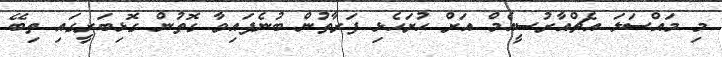
މި މައްސަލަ އެޗްއާރުސީއެމް އަށް ހުށަހެޅި ފަރާތުން ބުނެފައިވާ ގޮތުން ގޮޅިބަރީގައި ތިބޭ